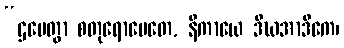
“ဌပေတွာ စတုရောပေတေ, နိကာယေ ဒီဃအာဒိကေ၊